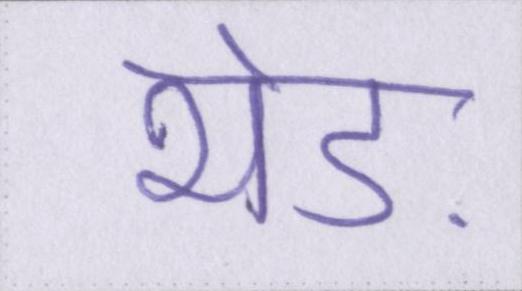
भेड़